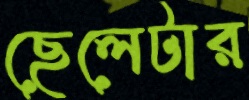
ছেলেটার